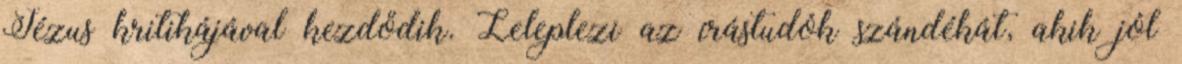
Jézus kritikájával kezdődik. Leleplezi az írástudók szándékát, akik jól